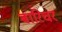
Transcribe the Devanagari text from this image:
बारिचर